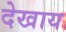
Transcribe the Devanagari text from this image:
देखाय